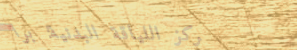
مركز اللياقة البدنية: برا